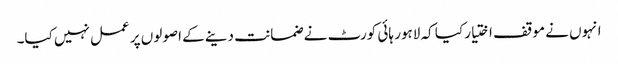
انہوں نے موقف اختیار کیا کہ لاہور ہائی کورٹ نے ضمانت دینے کے اصولوں پر عمل نہیں کیا۔